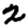
Digit: 2